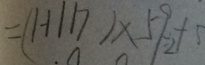
= ( 1 - 1 1 1 7 ) \times 5 9 _ { 2 } + 5